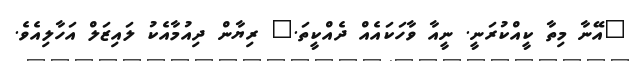
"އޭނާ މިތާ ކީއްކުރަނީ. ނީއާ ވާހަކައެއް ދެއްކީތަ." ރިޔާން ދިއުމާއެކު ލައިޒަލް އަހާލިއެވެ.